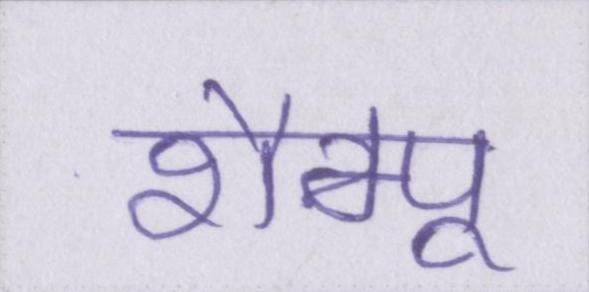
शैम्पू